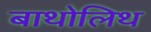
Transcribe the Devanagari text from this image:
बाथोलिथ